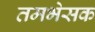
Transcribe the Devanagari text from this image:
तमभेसक